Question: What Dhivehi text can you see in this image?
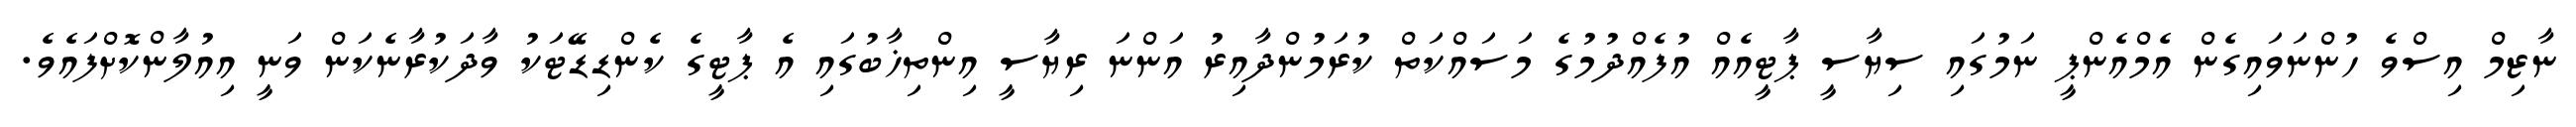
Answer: ނާޒިމް އިސްވެ ހުންނަވައިގެން އެމްއެންޕީ ނަމުގައި ސިޔާސީ ޕާޓީއެއް އުފެއްދުމުގެ މަސައްކަތް ކުރަމުންދާއިރު އަންނަ ރިޔާސީ އިންތިޚާބުގައި އެ ޕާޓީގެ ކެންޑިޑޭޓަކު ވާދަކުރާނެކަން ވަނީ އިއުލާންކޮށްފައެވެ.